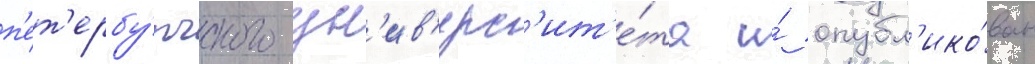
п'ет'ербу́ргского ун'ив'ерс'ит'е́та и́ опубл'ико́ван